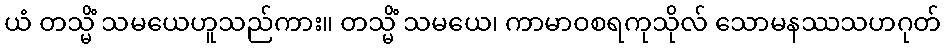
ယံ တသ္မိံ သမယေဟူသည်ကား။ တသ္မိံ သမယေ၊ ကာမာဝစရကုသိုလ် သောမနဿသဟဂုတ်